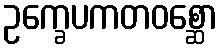
ဥက္ခေပကတဝစ္ဆော